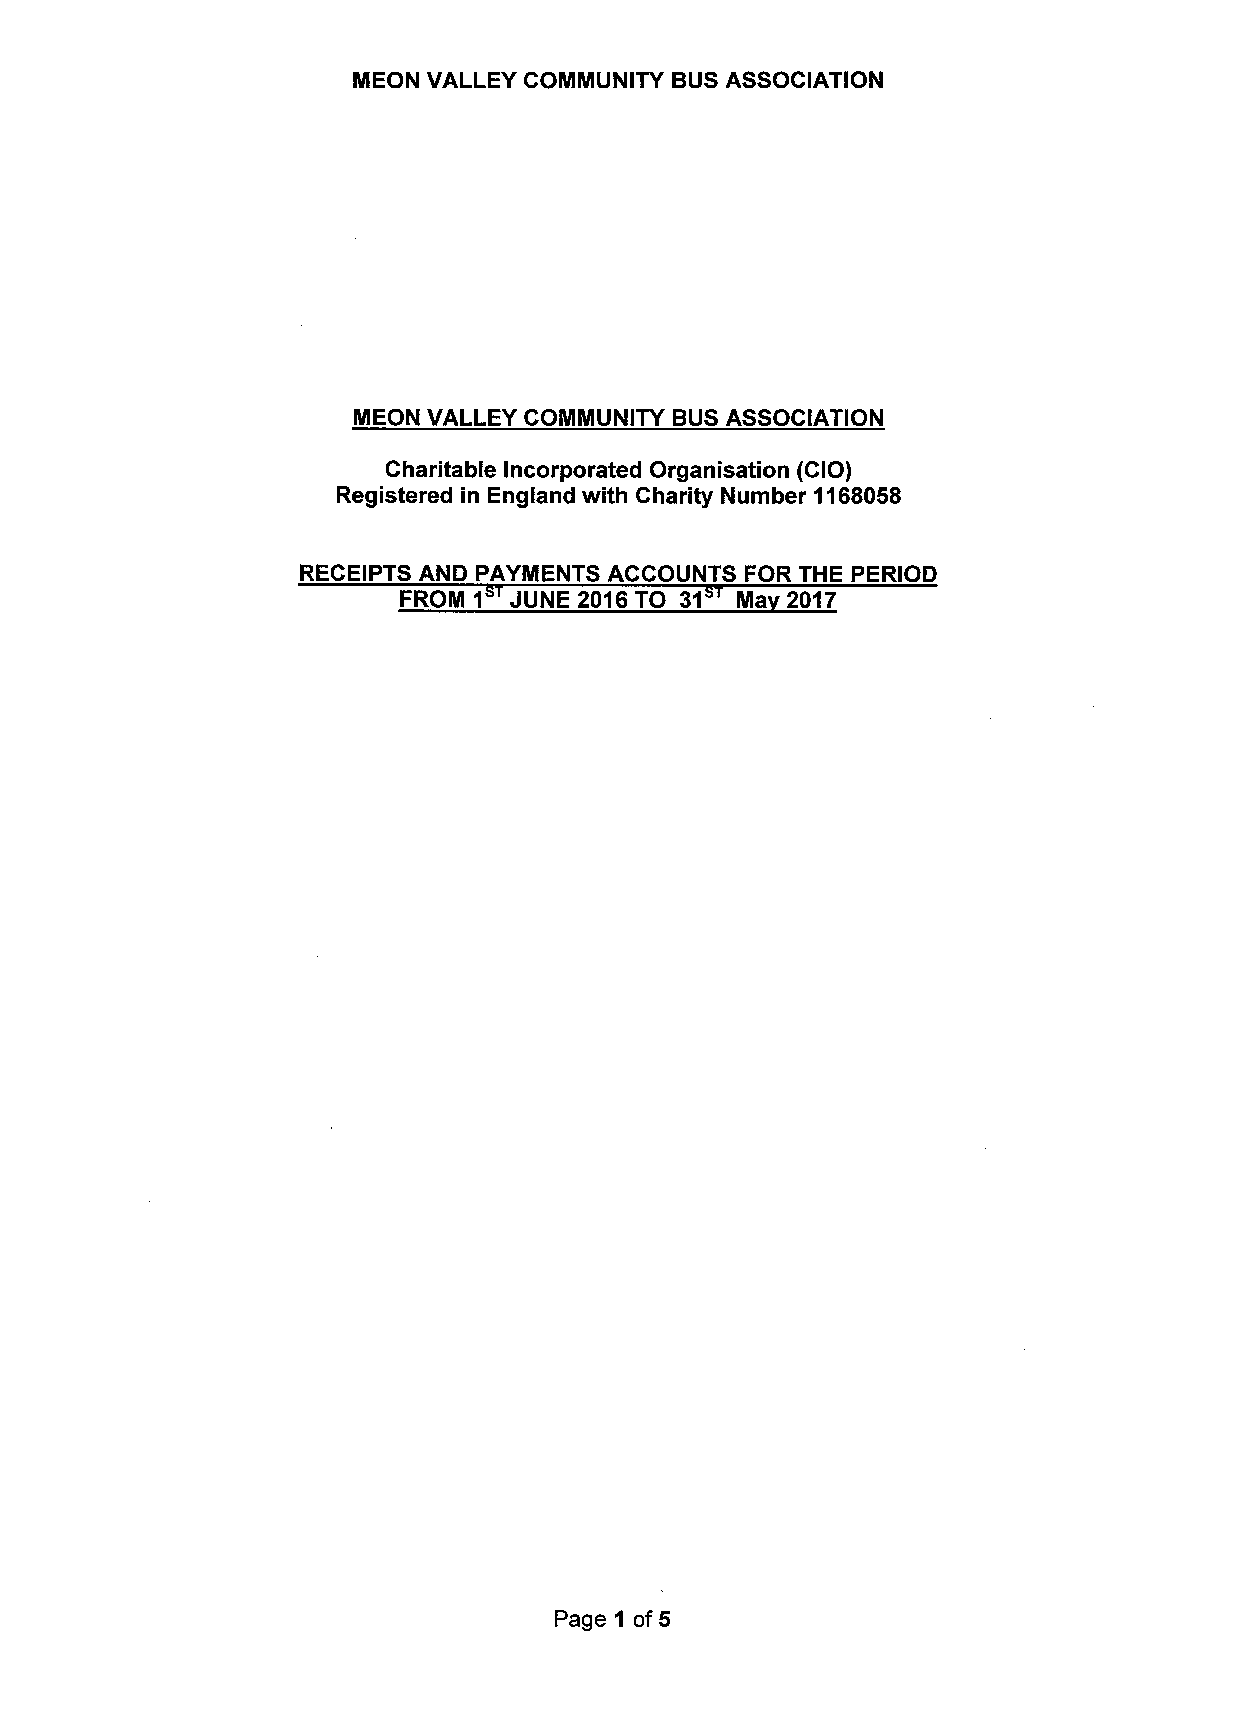
MEON VALLEY COIIMUNITY BUS ASSOCIATION
 MEON VALLEY COMMUNITY BUS ASSOCIATION
 Charitable Incorporated Organisation (CIO)
 Registered in England with Charity Number 1168058
 RECEIPTS AND PAYMENTS ACCOUNTS FOR THE PERIOD
 FROM1   JUNE 2016TO 31 Ma 2017
 Page 1 of5